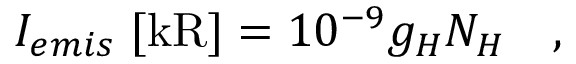
I _ { e m i s } \; [ \mathrm { k R } ] = 1 0 ^ { - 9 } g _ { H } N _ { H } \quad ,